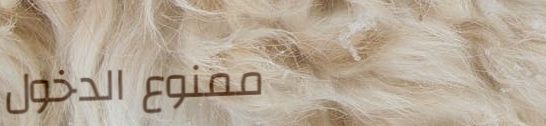
ممنوع الدخول